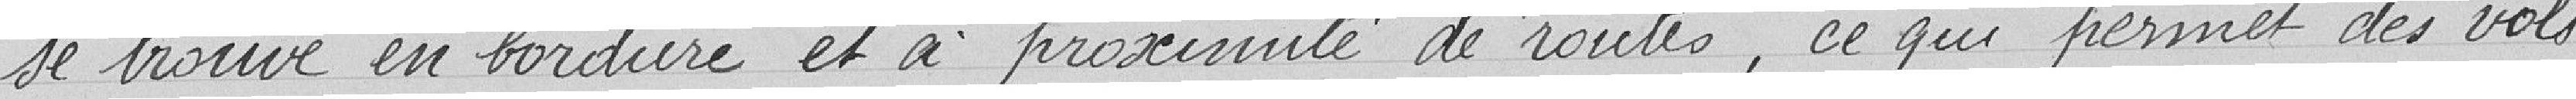
se trouve en bordure et à proximité de routes, ce qui permet des vols